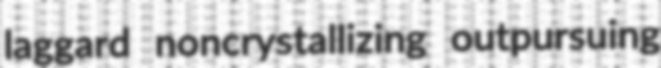
laggard noncrystallizing outpursuing